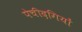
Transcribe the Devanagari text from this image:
पेचीदगियों